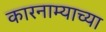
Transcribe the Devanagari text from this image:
कारनाम्याच्या